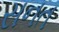
સનત